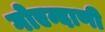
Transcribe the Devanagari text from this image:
गोएन्दाणी